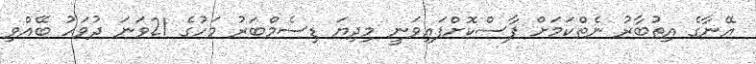
އޭނާގެ އިތުބާރު ނެތްކަމަށް ފާސްކޮށްފައިވަނީ މިދިޔަ ޑިސެމްބަރު މަހުގެ 21ވަނަ ދުވަހު ބޭއްވި